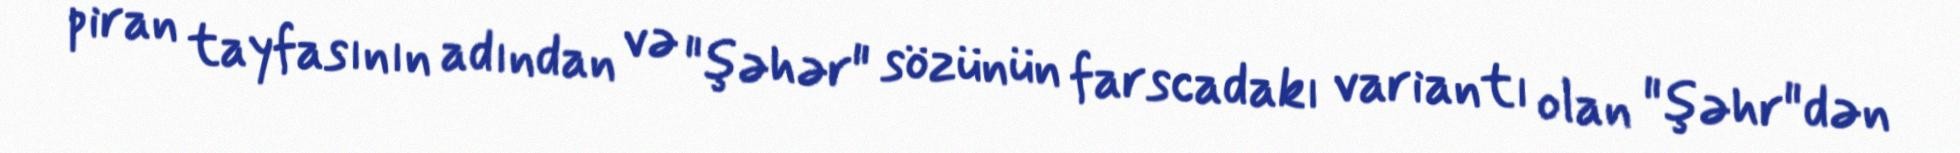
piran tayfasının adından və "şəhər" sözünün farscadakı variantı olan "şəhr"dən